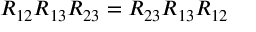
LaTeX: R _ { 1 2 } R _ { 1 3 } R _ { 2 3 } = R _ { 2 3 } R _ { 1 3 } R _ { 1 2 }